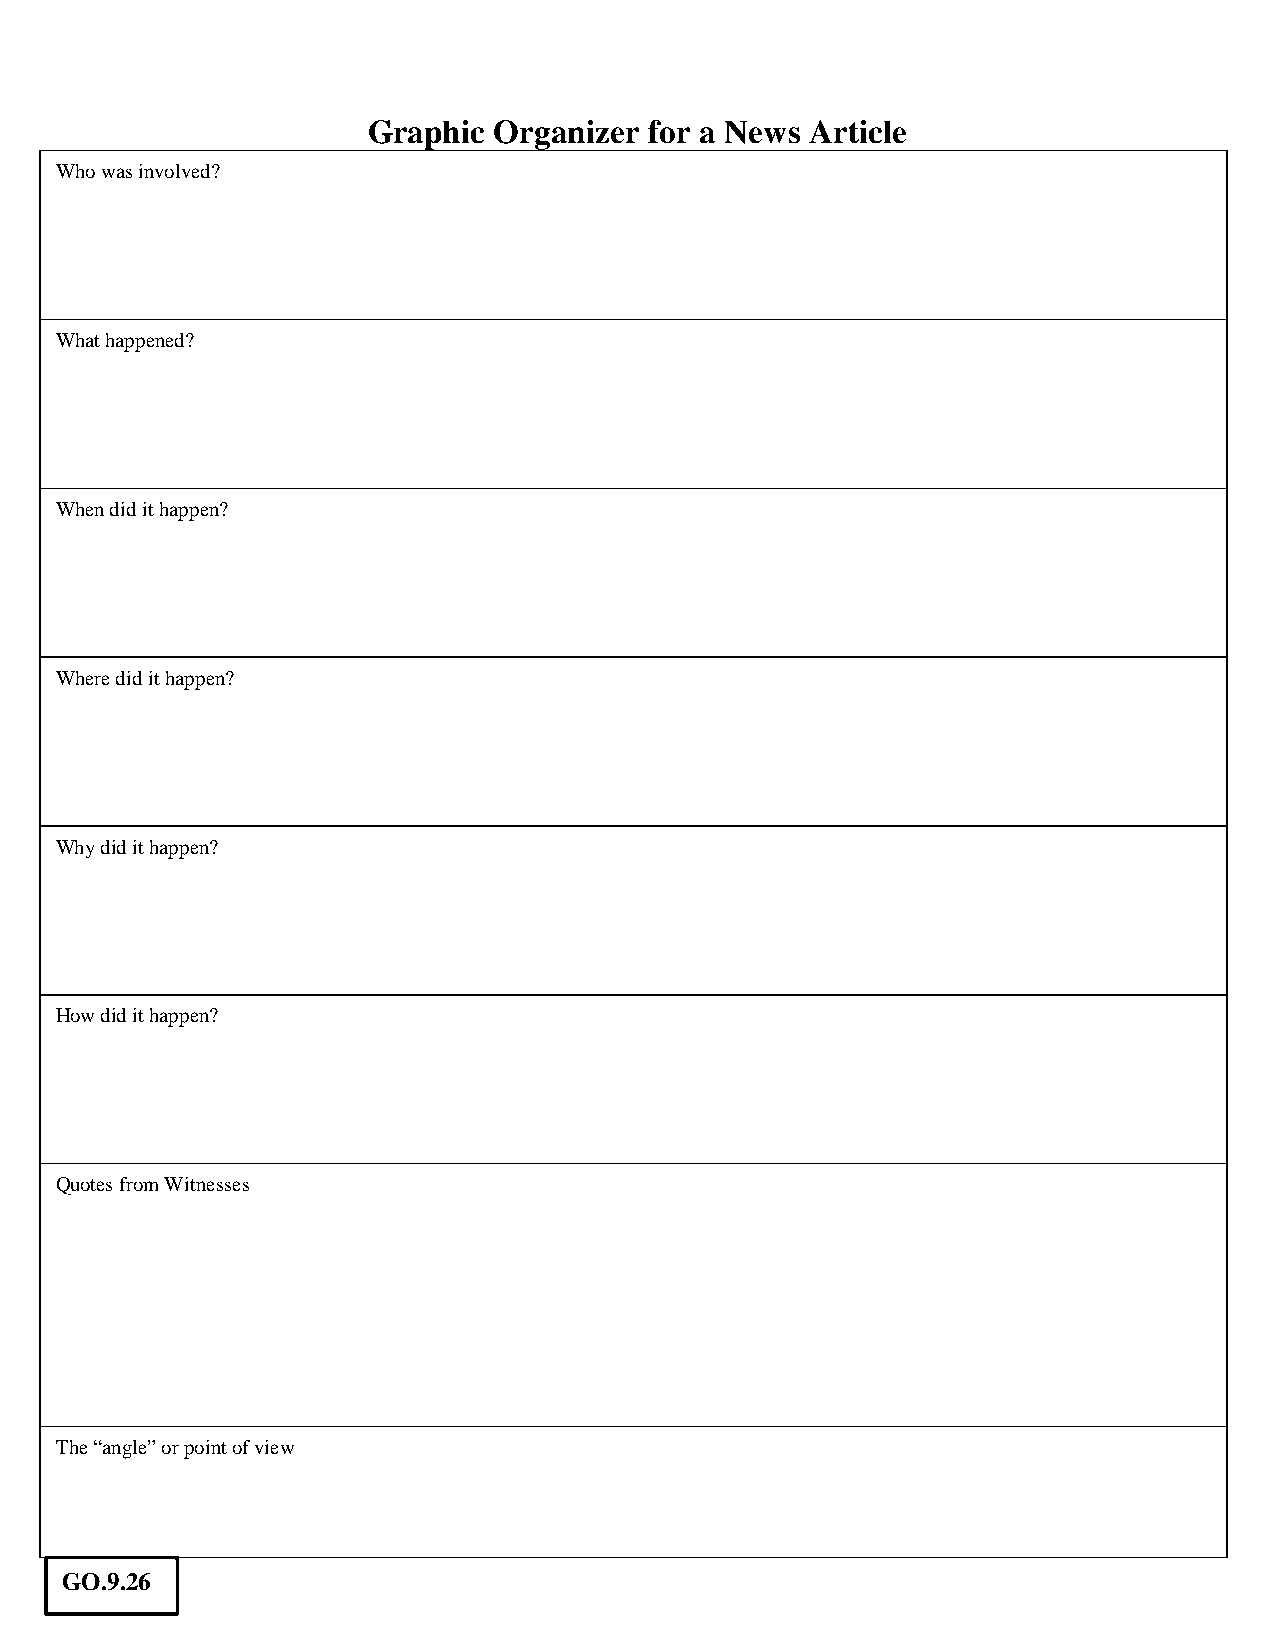
Graphic  Organizer for a News Article
 Who was involved?
 What happened?
 When did it happen?
 Where did it happen?
 Why did it happen?
 How did it happen?
 Quotes from Witnesses
 The “angle” or point of view
 GO.9.26